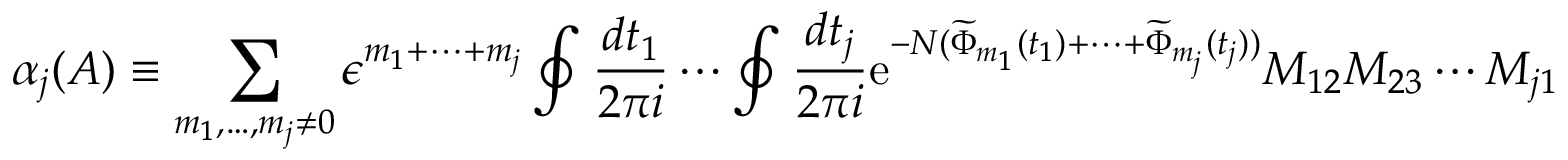
\alpha _ { j } ( A ) \equiv \sum _ { m _ { 1 } , \ldots , m _ { j } \neq 0 } \epsilon ^ { m _ { 1 } + \cdots + m _ { j } } \oint \frac { d t _ { 1 } } { 2 \pi i } \cdots \oint \frac { d t _ { j } } { 2 \pi i } \mathrm { e } ^ { - N ( \widetilde { \Phi } _ { m _ { 1 } } ( t _ { 1 } ) + \cdots + \widetilde { \Phi } _ { m _ { j } } ( t _ { j } ) ) } M _ { 1 2 } M _ { 2 3 } \cdots M _ { j 1 }